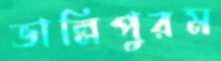
ভাল্লিপুরম